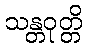
သန္တဝုတ္တိ